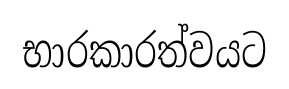
භාරකාරත්වයට